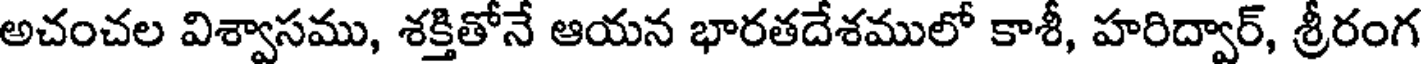
అచంచల విశ్వాసము, శక్తితోనే ఆయన భారతదేశములో కాశీ, హరిద్వార్, శ్రీరంగ